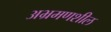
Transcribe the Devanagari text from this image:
अभ्रमणशील